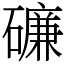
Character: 𥖝